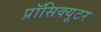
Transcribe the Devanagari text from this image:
प्रॉसिक्यूटर